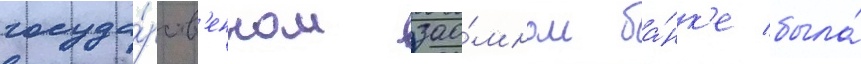
госуда́рств'енном зао́мном ба́нк'е была́